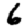
Digit: 6